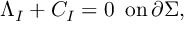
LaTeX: \Lambda _ { I } + C _ { I } = 0 \, \, \, \mathrm { o n } \, \partial \Sigma ,